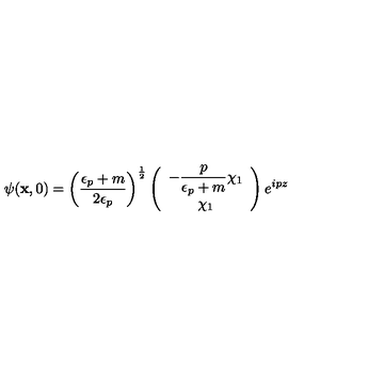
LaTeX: \psi ( { \bf x } , 0 ) = \left( \frac { \epsilon _ { p } + m } { 2 \epsilon _ { p } } \right) ^ { \frac { 1 } { 2 } } \left( \begin{array} { c } { { \displaystyle - \frac { p } { \epsilon _ { p } + m } } \chi _ { 1 } } \\ { \chi _ { 1 } } \\ \end{array} \right) e ^ { i p z }